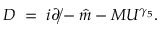
D \; = \; i \rlap { / } { \partial } - \hat { m } - M U ^ { \gamma _ { 5 } } .